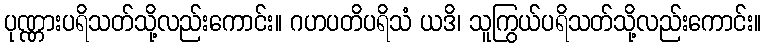
ပုဏ္ဏားပရိသတ်သို့လည်းကောင်း။ ဂဟပတိပရိသံ ယဒိ၊ သူကြွယ်ပရိသတ်သို့လည်းကောင်း။